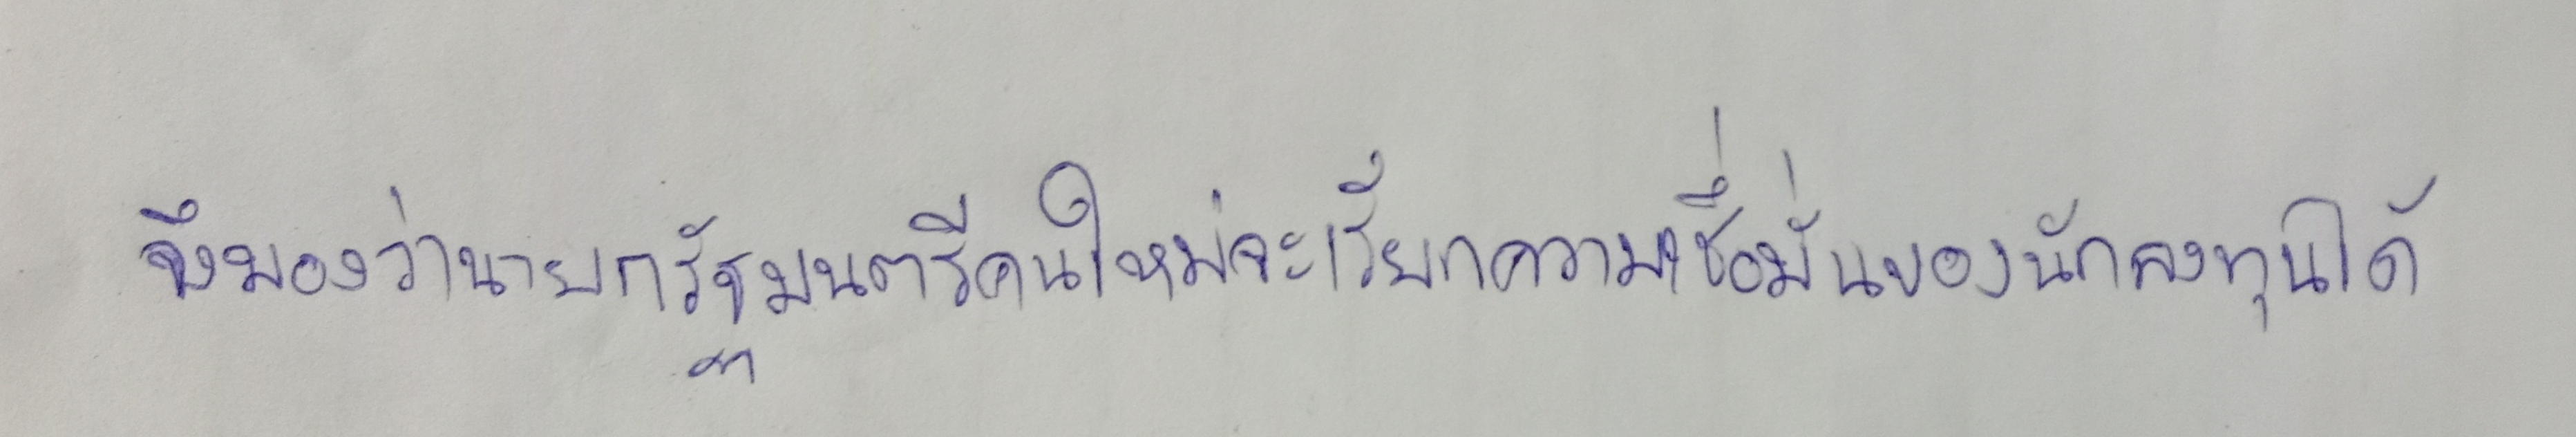
จึงมองว่านายกรัฐมนตรีคนใหม่จะเรียกความเชื่อมั่นของนักลงทุนได้